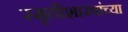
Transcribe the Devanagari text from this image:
स्मृतीशास्त्रांच्या